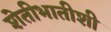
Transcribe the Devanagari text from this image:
शेतीभातीशी